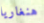
هنغاريا